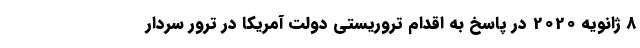
8 ژانویه 2020 در پاسخ به اقدام تروریستی دولت آمریکا در ترور سردار